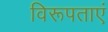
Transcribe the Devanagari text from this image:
विरूपताएं